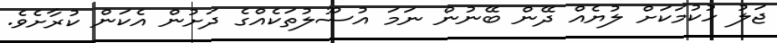
ޖަލު ހުކުމަކަށް ލުޔެއް ދޭން ބޭނުން ނަމަ އުސޫލުތަކެއްގެ ދަށުން އެކަން ކުރާށެވެ.